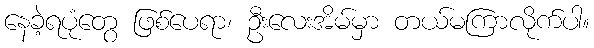
နေခဲ့ရပုံတွေ ဖြစ်ပေရာ၊ ဦးလေးအိမ်မှာ တယ်မကြာလိုက်ပါ။